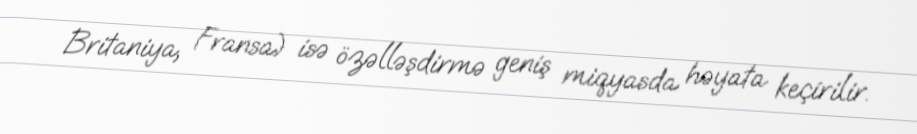
Britaniya, Fransa) isə özəlləşdirmə geniş miqyasda həyata keçirilir.